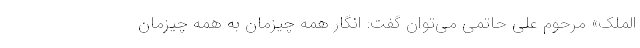
الملک» مرحوم علی حاتمی می‌توان گفت: انگار همه چیزمان به همه چیزمان